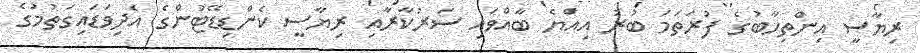
ރިޔާސީ އިންތިހާބުގެ ފުރަތަމަ ބުރު އިއްޔެ ބާއްވައި ސަރުކާރާއި ރިޔާސީ ކެންޑިޑޭޓުންގެ އެދިވަޑައިގަތުމުގެ